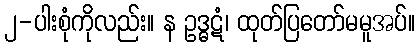
၂-ပါးစုံကိုလည်း။ န ဥဒ္ဓဋံ၊ ထုတ်ပြတော်မမူအပ်။